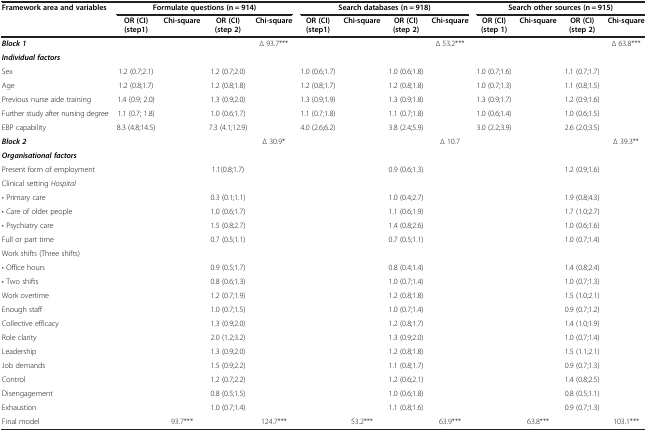
<table><thead><tr><td rowspan="2"><b>Framework area and variables</b></td><td colspan="4"><b>Formulate questions (n = 914)</b></td><td colspan="4"><b>Search databases (n = 918)</b></td><td colspan="4"><b>Search other sources (n = 915)</b></td></tr><tr><td><b>OR (CI) (step1)</b></td><td><b>Chi-square</b></td><td><b>OR (CI) (step 2)</b></td><td><b>Chi-square</b></td><td><b>OR (CI) (step1)</b></td><td><b>Chi-square</b></td><td><b>OR (CI) (step 2)</b></td><td><b>Chi-square</b></td><td><b>OR (CI) (step 1)</b></td><td><b>Chi-square</b></td><td><b>OR (CI) (step 2)</b></td><td><b>Chi-square</b></td></tr></thead><tbody><tr><td><b><i>Block 1</i></b></td><td> </td><td> </td><td> </td><td>∆ 93.7***</td><td> </td><td> </td><td> </td><td>∆ 53.2***</td><td> </td><td> </td><td> </td><td>∆ 63.8***</td></tr><tr><td><b><i>Individual factors</i></b></td><td> </td><td> </td><td> </td><td> </td><td> </td><td> </td><td> </td><td> </td><td> </td><td> </td><td> </td><td> </td></tr><tr><td>Sex</td><td>1.2 (0.7;2.1)</td><td> </td><td>1.2 (0.7;2.0)</td><td> </td><td>1.0 (0.6;1.7)</td><td> </td><td>1.0 (0.6;1.8)</td><td> </td><td>1.0 (0.7;1.6)</td><td> </td><td>1.1 (0.7;1.7)</td><td> </td></tr><tr><td>Age</td><td>1.2 (0.8;1.7)</td><td> </td><td>1.2 (0.8;1.8)</td><td> </td><td>1.2 (0.8;1.7)</td><td> </td><td>1.2 (0.8;1.8)</td><td> </td><td>1.0 (0.7;1.3)</td><td> </td><td>1.1 (0.8;1.5)</td><td> </td></tr><tr><td>Previous nurse aide training</td><td>1.4 (0.9; 2.0)</td><td> </td><td>1.3 (0.9;2.0)</td><td> </td><td>1.3 (0.9;1.9)</td><td> </td><td>1.3 (0.9;1.8)</td><td> </td><td>1.3 (0.9;1.7)</td><td> </td><td>1.2 (0.9;1.6)</td><td> </td></tr><tr><td>Further study after nursing degree</td><td>1.1 (0.7; 1.8)</td><td> </td><td>1.0 (0.6;1.7)</td><td> </td><td>1.1 (0.7;1.8)</td><td> </td><td>1.1 (0.7;1.8)</td><td> </td><td>1.0 (0.6;1.4)</td><td> </td><td>1.0 (0.6;1.5)</td><td> </td></tr><tr><td>EBP capability</td><td>8.3 (4.8;14.5)</td><td> </td><td>7.3 (4.1;12.9)</td><td> </td><td>4.0 (2.6;6.2)</td><td> </td><td>3.8 (2.4;5.9)</td><td> </td><td>3.0 (2.2;3.9)</td><td> </td><td>2.6 (2.0;3.5)</td><td> </td></tr><tr><td><b><i>Block 2</i></b></td><td> </td><td> </td><td> </td><td>∆ 30.9*</td><td> </td><td> </td><td> </td><td>∆ 10.7</td><td> </td><td> </td><td> </td><td>∆ 39.3**</td></tr><tr><td><b><i>Organisational factors</i></b></td><td> </td><td> </td><td> </td><td> </td><td> </td><td> </td><td> </td><td> </td><td> </td><td> </td><td> </td><td> </td></tr><tr><td>Present form of employment</td><td> </td><td> </td><td>1.1(0.8;1.7)</td><td> </td><td> </td><td> </td><td>0.9 (0.6;1.3)</td><td> </td><td> </td><td> </td><td>1.2 (0.9;1.6)</td><td> </td></tr><tr><td>Clinical setting <i>Hospital</i></td><td> </td><td> </td><td> </td><td> </td><td> </td><td> </td><td> </td><td> </td><td> </td><td> </td><td> </td><td> </td></tr><tr><td>• Primary care</td><td> </td><td> </td><td>0.3 (0.1;1.1)</td><td> </td><td> </td><td> </td><td>1.0 (0.4;2.7)</td><td> </td><td> </td><td> </td><td>1.9 (0.8;4.3)</td><td> </td></tr><tr><td>• Care of older people</td><td> </td><td> </td><td>1.0 (0.6;1.7)</td><td> </td><td> </td><td> </td><td>1.1 (0.6;1.9)</td><td> </td><td> </td><td> </td><td>1.7 (1.0;2.7)</td><td> </td></tr><tr><td>• Psychiatry care</td><td> </td><td> </td><td>1.5 (0.8;2.7)</td><td> </td><td> </td><td> </td><td>1.4 (0.8;2.6)</td><td> </td><td> </td><td> </td><td>1.0 (0.6;1.6)</td><td> </td></tr><tr><td>Full or part time</td><td> </td><td> </td><td>0.7 (0.5;1.1)</td><td> </td><td> </td><td> </td><td>0.7 (0.5;1.1)</td><td> </td><td> </td><td> </td><td>1.0 (0.7;1.4)</td><td> </td></tr><tr><td>Work shifts (Three shifts)</td><td> </td><td> </td><td> </td><td> </td><td> </td><td> </td><td> </td><td> </td><td> </td><td> </td><td> </td><td> </td></tr><tr><td>• Office hours</td><td> </td><td> </td><td>0.9 (0.5;1.7)</td><td> </td><td> </td><td> </td><td>0.8 (0.4;1.4)</td><td> </td><td> </td><td> </td><td>1.4 (0.8;2.4)</td><td> </td></tr><tr><td>• Two shifts</td><td> </td><td> </td><td>0.8 (0.6;1.3)</td><td> </td><td> </td><td> </td><td>1.0 (0.7;1.4)</td><td> </td><td> </td><td> </td><td>1.0 (0.7;1.3)</td><td> </td></tr><tr><td>Work overtime</td><td> </td><td> </td><td>1.2 (0.7;1.9)</td><td> </td><td> </td><td> </td><td>1.2 (0.8;1.8)</td><td> </td><td> </td><td> </td><td>1.5 (1.0;2.1)</td><td> </td></tr><tr><td>Enough staff</td><td> </td><td> </td><td>1.0 (0.7;1.5)</td><td> </td><td> </td><td> </td><td>1.0 (0.7;1.4)</td><td> </td><td> </td><td> </td><td>0.9 (0.7;1.2)</td><td> </td></tr><tr><td>Collective efficacy</td><td> </td><td> </td><td>1.3 (0.9;2.0)</td><td> </td><td> </td><td> </td><td>1.2 (0.8;1.7)</td><td> </td><td> </td><td> </td><td>1.4 (1.0;1.9)</td><td> </td></tr><tr><td>Role clarity</td><td> </td><td> </td><td>2.0 (1.2;3.2)</td><td> </td><td> </td><td> </td><td>1.3 (0.9;2.0)</td><td> </td><td> </td><td> </td><td>1.0 (0.7;1.4)</td><td> </td></tr><tr><td>Leadership</td><td> </td><td> </td><td>1.3 (0.9;2.0)</td><td> </td><td> </td><td> </td><td>1.2 (0.8;1.8)</td><td> </td><td> </td><td> </td><td>1.5 (1.1;2.1)</td><td> </td></tr><tr><td>Job demands</td><td> </td><td> </td><td>1.5 (0.9;2.2)</td><td> </td><td> </td><td> </td><td>1.1 (0.8;1.7)</td><td> </td><td> </td><td> </td><td>0.9 (0.7;1.3)</td><td> </td></tr><tr><td>Control</td><td> </td><td> </td><td>1.2 (0.7;2.2)</td><td> </td><td> </td><td> </td><td>1.2 (0.6;2.1)</td><td> </td><td> </td><td> </td><td>1.4 (0.8;2.5)</td><td> </td></tr><tr><td>Disengagement</td><td> </td><td> </td><td>0.8 (0.5;1.5)</td><td> </td><td> </td><td> </td><td>1.0 (0.6;1.8)</td><td> </td><td> </td><td> </td><td>0.8 (0.5;1.1)</td><td> </td></tr><tr><td>Exhaustion</td><td> </td><td> </td><td>1.0 (0.7;1.4)</td><td> </td><td> </td><td> </td><td>1.1 (0.8;1.6)</td><td> </td><td> </td><td> </td><td>0.9 (0.7;1.3)</td><td> </td></tr><tr><td>Final model</td><td> </td><td>93.7***</td><td> </td><td>124.7***</td><td> </td><td>53.2***</td><td> </td><td>63.9***</td><td> </td><td>63.8***</td><td> </td><td>103.1***</td></tr></tbody></table>